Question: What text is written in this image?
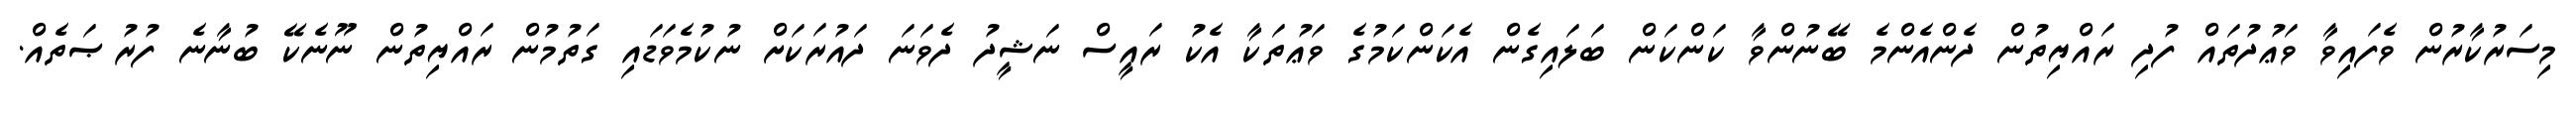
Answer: މިސަރުކާރުން ވެފައިވާ ވަޢުދުތައް ފުދި ރައްޔިތުން ދެންއެންމެ ބޭނުންވާ ކަންކަން ބަލައިގެން އެކަންކަމުގެ ވަޢުތަކާ އެކު ރައީސް ނަޝީދު ދެވަނަ ދައުރަކަށް ނުކުމެވަޑައި ގަތުމުން ރައްޔިތުން ނޫނެކޭ ބުނާނެ ފުރުޞަތެއް.